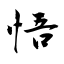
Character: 悟